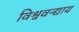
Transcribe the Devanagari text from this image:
विश्ववन्द्याय